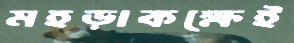
মহড়াকক্ষেই